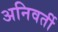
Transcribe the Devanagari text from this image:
अनिवर्ती